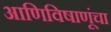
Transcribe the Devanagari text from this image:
आणिविषाणूंचा